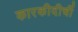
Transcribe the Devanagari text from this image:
कारकीदीर्ची